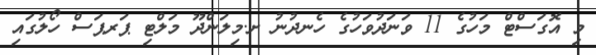
މި އޮގަސްޓް މަހުގެ 11 ވަނަދުވަހުގެ ހެނދުނު ށ.މިލަންދޫ މަލްޓި ޕަރޕަސް ހޯލުގައި